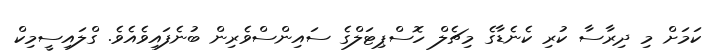
ކަމަށް މި ދިރާސާ ކުރި ކެނެޑާގެ މިޗެލް ހޮސްޕިޓަލްގެ ސައިންސްވެރިން ބުނެފައިވެއެވެ. ގްލައިސީމިކް